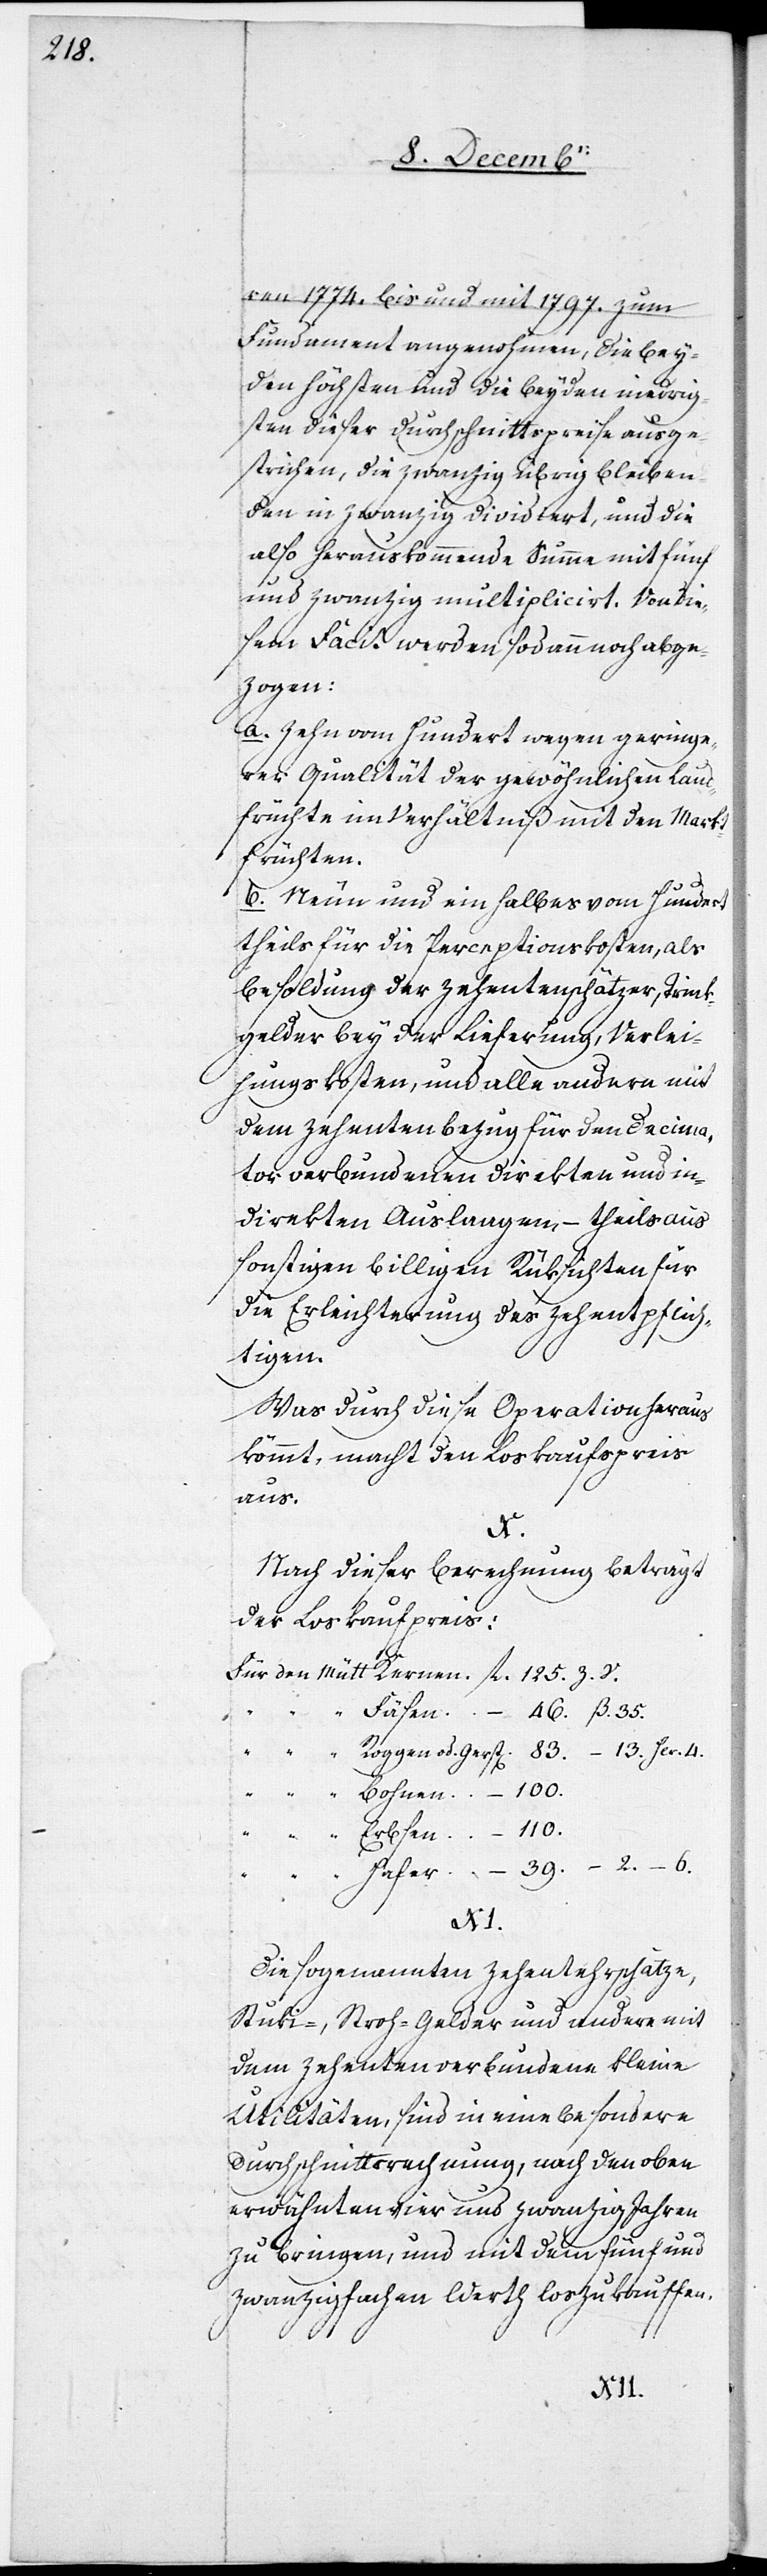
–

2.

ren 1774. bis und mit 1797. zum
Fundament angenohmen, die bey¬
den höchsten und die beyden niedrig¬
sten dieser Durchschnittspreise ausge¬
strichen, die zwanzig übrig bleiben¬
den in zwanzig dividiert, und die
also herauskommende Summe mit fünf
und zwanzig multipliciert. Von die¬
sem Facit werden sodann noch abge¬
zogen:
a. Zehn vom Hundert wegen geringe¬
rer Qualität der gewöhnlichen Land¬
früchte im Verhältniß mit den Markt¬
früchten.
b. Neun und ein Halbes vom Hundert
theils für die Perceptionskosten, als
Besoldung der Zehentenschätzer, Trink¬
gelder bey der Lieferung, Verlei¬
hungskosten, und alle andern mit
dem Zehentenbezug für den Decima¬
tor verbundenen direkten und in¬
direkten Auslagen, – theils aus
sonstigen billigen Rüksichten für
die Erleichterung des Zehentpflich¬
tigen.
Was durch diese Operation heraus¬
kömmt, macht den Loskaufspreis
aus.
4.
Nach dieser Berechnung beträgt
der Loskaufpreis:
Hafer.
46. ß. 35.
–
od.
6.
Die sogenannten Zehentehrschätze,
Stuki-, Stroh-Gelder und andere mit
dem Zehenten verbundene kleine
Utilitäten, sind in eine besondere
Durchschnittsrechung, nach den oben
erwähnten vier und zwanzig Jahren
zu bringen, und mit dem fünf und
zwanzigfachen Werth loszukauffen.